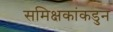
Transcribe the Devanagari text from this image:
समिक्षकांकडुन